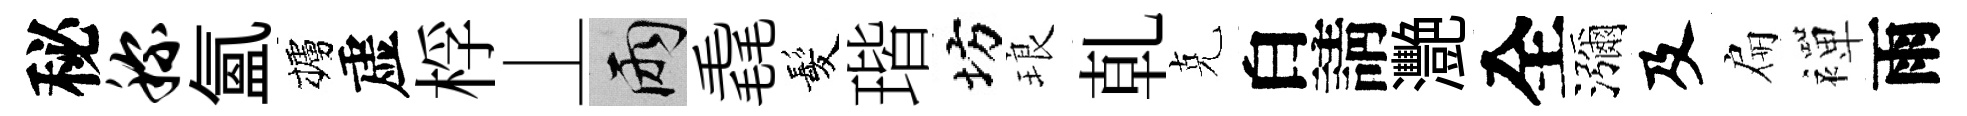
秘称氳櫨虚桴丄兩毳髪瑎坊琅乹克白請灧全瀰及扁襌雨